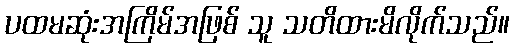
ပထမဆုံးအကြိမ်အဖြစ် သူ သတိထားမိလိုက်သည်။